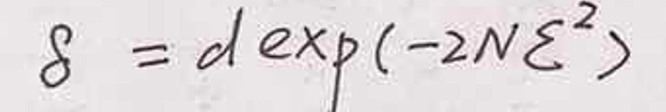
\[
\delta = d \exp(-2 N \xi^{2})
\]